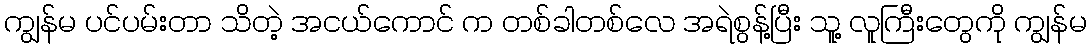
ကျွန်မ ပင်ပမ်းတာ သိတဲ့ အငယ်ကောင် က တစ်ခါတစ်လေ အရဲစွန့်ပြီး သူ့ လူကြီးတွေကို ကျွန်မ